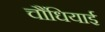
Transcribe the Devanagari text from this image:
चौंधियाई